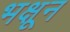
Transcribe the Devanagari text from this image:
भक्षून